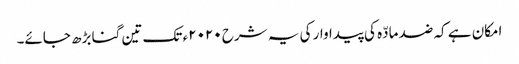
امکان ہے کہ ضد مادّہ کی پیداوار کی یہ شرح ٢٠٢٠ء تک تین گنا بڑھ جائے۔